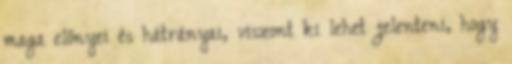
maga előnyei és hátrányai, viszont ki lehet jelenteni, hogy